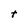
Character: t